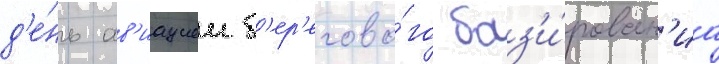
д'е́нь ав'иациеи б'ер'егово́го баз'и́рован'иа